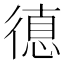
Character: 𢕞